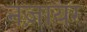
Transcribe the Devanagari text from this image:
नज़ायर